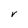
Character: r